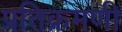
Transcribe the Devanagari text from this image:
प्रतिक्रमणी